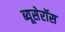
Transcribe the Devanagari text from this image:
ब्यूसेरॉस